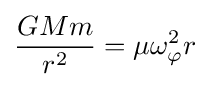
{\frac {GMm}{r^{2}}}=\mu \omega _{\varphi }^{2}r